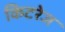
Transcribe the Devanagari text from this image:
किटरेज